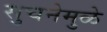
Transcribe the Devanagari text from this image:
सुचनेमुळे